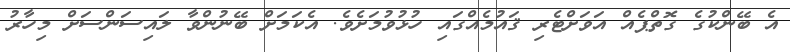
އެ ބޭންކުގެ ގޮތްޕެއް އަވަށްޓެރި ޤައުމެއްގައި ހުޅުވުމަށެވެ. އެކަމަށް ބޭނުންވާ ލައިސަންސަށް މިހާރު